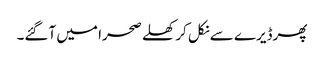
پھرڈیرے سے نکل کر کھلے صحرا میں آگئے۔